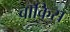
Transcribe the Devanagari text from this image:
बाकिस